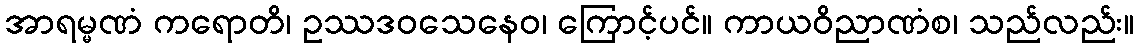
အာရမ္မဏံ ကရောတိ၊ ဥဿဒဝသေနေဝ၊ ကြောင့်ပင်။ ကာယဝိညာဏံစ၊ သည်လည်း။